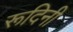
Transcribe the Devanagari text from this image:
रूदिनी